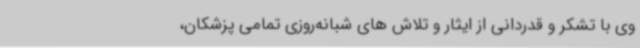
وی با تشکر و قدردانی از ایثار و تلاش های شبانه‌روزی تمامی پزشکان،